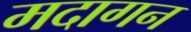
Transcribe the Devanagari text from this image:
मदागन